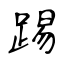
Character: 踢